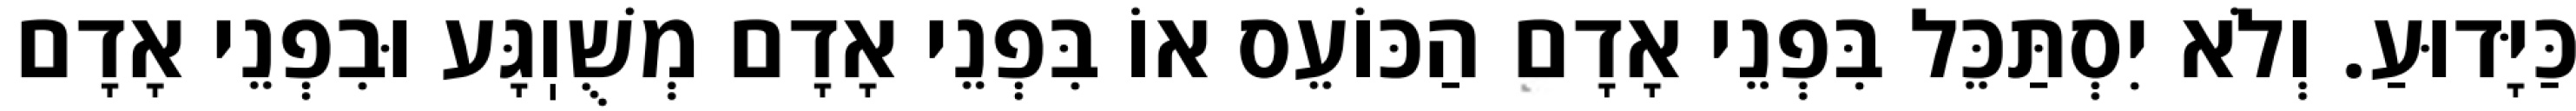
כַּיָּדוּעַ. וְלֹא יִסְתַּכֵּל בִּפְנֵי אָדָם הַכּוֹעֵס אוֹ בִּפְנֵי אָדָם מְשֻׁוֽגָּע וּבִפְנֵי אָדָם